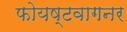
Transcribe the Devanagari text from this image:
फोयष्टवागनर